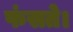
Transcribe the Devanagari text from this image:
फंसते।